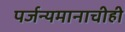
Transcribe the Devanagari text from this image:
पर्जन्यमानाचीही